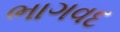
ભાગવદ